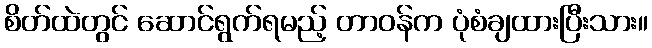
စိတ်ထဲတွင် ဆောင်ရွက်ရမည့် တာဝန်က ပုံစံချထားပြီးသား။